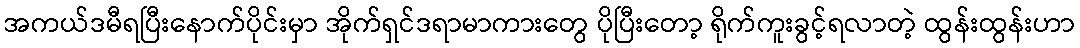
အကယ်ဒမီရပြီးနောက်ပိုင်းမှာ အိုက်ရှင်ဒရာမာကားတွေ ပိုပြီးတော့ ရိုက်ကူးခွင့်ရလာတဲ့ ထွန်းထွန်းဟာ